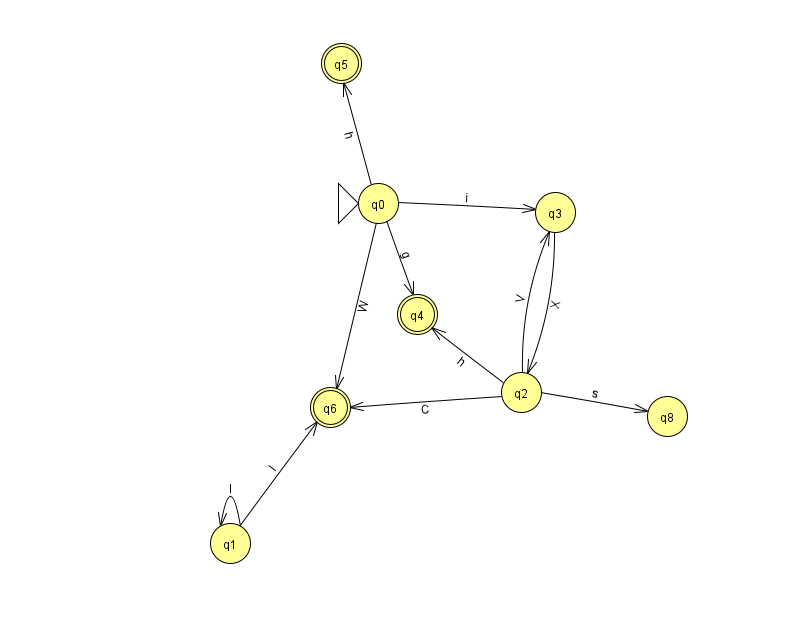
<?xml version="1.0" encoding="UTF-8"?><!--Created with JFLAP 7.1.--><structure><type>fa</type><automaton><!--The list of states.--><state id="0" name="q0"><x>378.0</x><y>190.0</y><initial/></state><state id="1" name="q1"><x>230.0</x><y>530.0</y></state><state id="2" name="q2"><x>521.0</x><y>379.0</y></state><state id="3" name="q3"><x>555.0</x><y>199.0</y></state><state id="4" name="q4"><x>417.0</x><y>301.0</y><final/></state><state id="5" name="q5"><x>341.0</x><y>50.0</y><final/></state><state id="6" name="q6"><x>330.0</x><y>394.0</y><final/></state><state id="8" name="q8"><x>667.0</x><y>403.0</y></state><!--The list of transitions.--><transition><from>2</from><to>3</to><read>V</read></transition><transition><from>2</from><to>8</to><read>s</read></transition><transition><from>2</from><to>4</to><read>h</read></transition><transition><from>0</from><to>4</to><read>g</read></transition><transition><from>1</from><to>1</to><read>I</read></transition><transition><from>0</from><to>6</to><read>W</read></transition><transition><from>2</from><to>6</to><read>C</read></transition><transition><from>3</from><to>2</to><read>X</read></transition><transition><from>0</from><to>5</to><read>h</read></transition><transition><from>1</from><to>6</to><read>l</read></transition><transition><from>0</from><to>3</to><read>i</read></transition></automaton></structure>